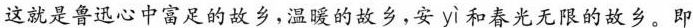
这就是鲁迅心中富足的故乡，温暖的故乡，安 yì 和春光无限的故乡。即